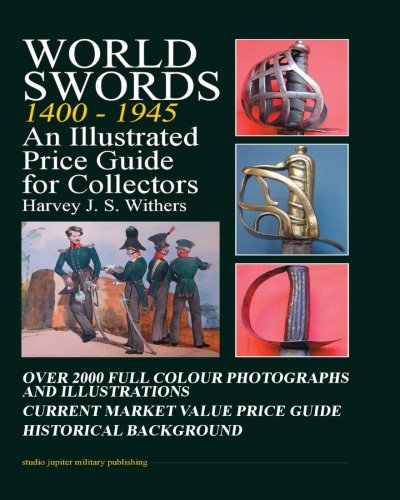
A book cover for World Swords 1400-1945: An Illustrated Price Guide for Collectors; Mr Harvey Withers; Crafts, Hobbies & Home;